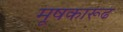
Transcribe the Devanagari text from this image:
मूषकारूढ